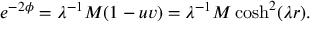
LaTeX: e ^ { - 2 \phi } = \lambda ^ { - 1 } M ( 1 - u v ) = \lambda ^ { - 1 } M \cosh ^ { 2 } ( \lambda r ) .